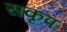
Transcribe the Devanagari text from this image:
सकृप